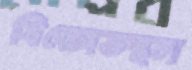
বিক্ষোভস্থল